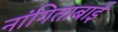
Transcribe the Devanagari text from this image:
नांगिताबाई